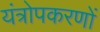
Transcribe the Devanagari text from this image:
यंत्रोपकरणों